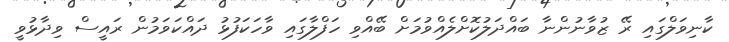
ކާނިވަލްގައި ރޭ ޒުވާނުންނާ ބައްދަލުކޮށްލެއްވުމަށް ބޭއްވި ހަފްލާގައި ވާހަކަފުޅު ދައްކަވަމުން ރައީސް ވިދާޅުވީ